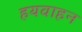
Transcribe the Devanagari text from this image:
हयवाहन